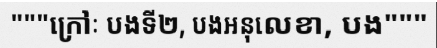
"""ក្រៅៈ បងទី២, បងអនុលេខា, បង"""